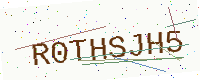
Text: R0THSJH5